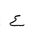
Letter: _ayn